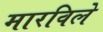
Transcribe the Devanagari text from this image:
मारविले